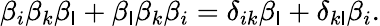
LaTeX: \beta_{i}\beta_{k}\beta_{\mathsf{l}}+\beta_{\mathsf{l}}\beta_{k}\beta_{i}=\delta_{ik}\beta_{\mathsf{l}}+\delta_{k\mathsf{l}}\beta_{i}.